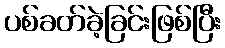
ပစ်ခတ်ခဲ့ခြင်းဖြစ်ပြီး